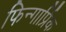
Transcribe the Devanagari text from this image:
फिन्गार्प्रिक